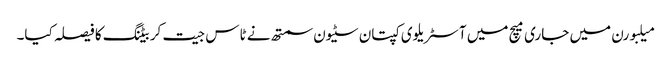
میلبورن میں جاری میچ میں آسٹریلوی کپتان سٹیون سمتھ نے ٹاس جیت کر بیٹنگ کا فیصلہ کیا۔